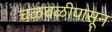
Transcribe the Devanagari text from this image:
चळवळीपासून